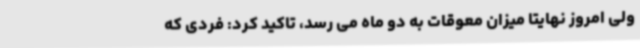
ولی امروز نهایتا میزان معوقات به دو ماه می رسد، تاکید کرد: فردی که